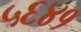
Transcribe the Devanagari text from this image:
५६४१